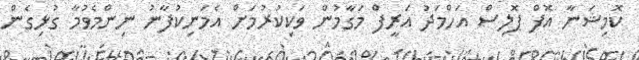
ކޮމިޝަނާ އޮފް ޕޮލިސް އަހްމަދު އަރީފް މަގާމުން ވަކިކުރުމަށް އެމަނިކުފާނު ނިންމެވުމާ ގުޅިގެން